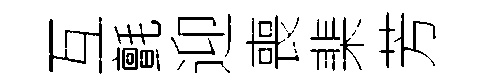
互氈迎喪棐芳